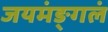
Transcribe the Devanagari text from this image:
जयमंङ्गलं